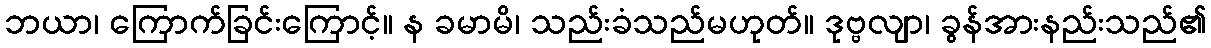
ဘယာ၊ ကြောက်ခြင်းကြောင့်။ န ခမာမိ၊ သည်းခံသည်မဟုတ်။ ဒုဗ္ဗလျာ၊ ခွန်အားနည်းသည်၏